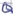
Text: Q